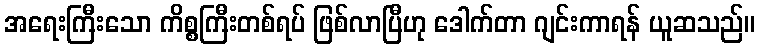
အရေးကြီးသော ကိစ္စကြီးတစ်ရပ် ဖြစ်လာပြီဟု ဒေါက်တာ ဂျင်းကာရန် ယူဆသည်။